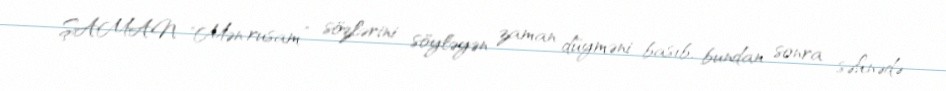
ŞAMAN "Mən rusam” sözlərini söyləyən zaman düyməni basıb, bundan sonra səhnədə